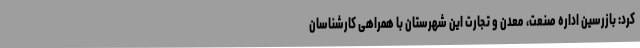
کرد: بازرسین اداره صنعت، معدن و تجارت این شهرستان با همراهی کارشناسان